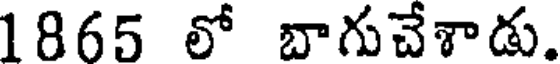
1865 లో బాగుచేశాడు.